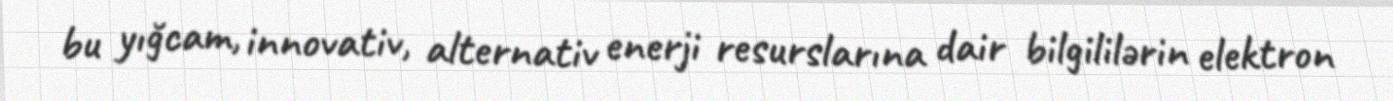
bu yığcam, innovativ, alternativ enerji resurslarına dair bilgililərin elektron